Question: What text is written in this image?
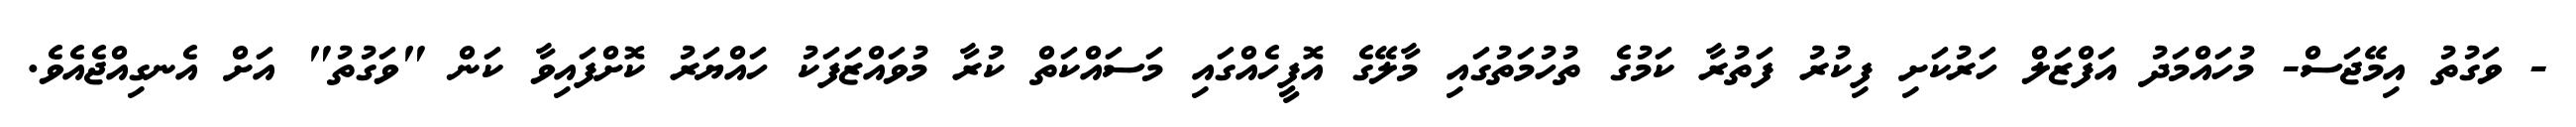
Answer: - ވަގުތު އިމޭޖަސް- މުހައްމަދު އަފްޒަލް ހަރުކަށި ފިކުރު ފަތުރާ ކަމުގެ ތުހުމަތުގައި މާލޭގެ އޮފީހެއްގައި މަސައްކަތް ކުރާ މުވައްޒަފަކު ހައްޔަރު ކޮށްފައިވާ ކަން "ވަގުތު" އަށް އެނގިއްޖެއެވެ.